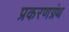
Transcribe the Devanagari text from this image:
प्रकरणग्रंथ